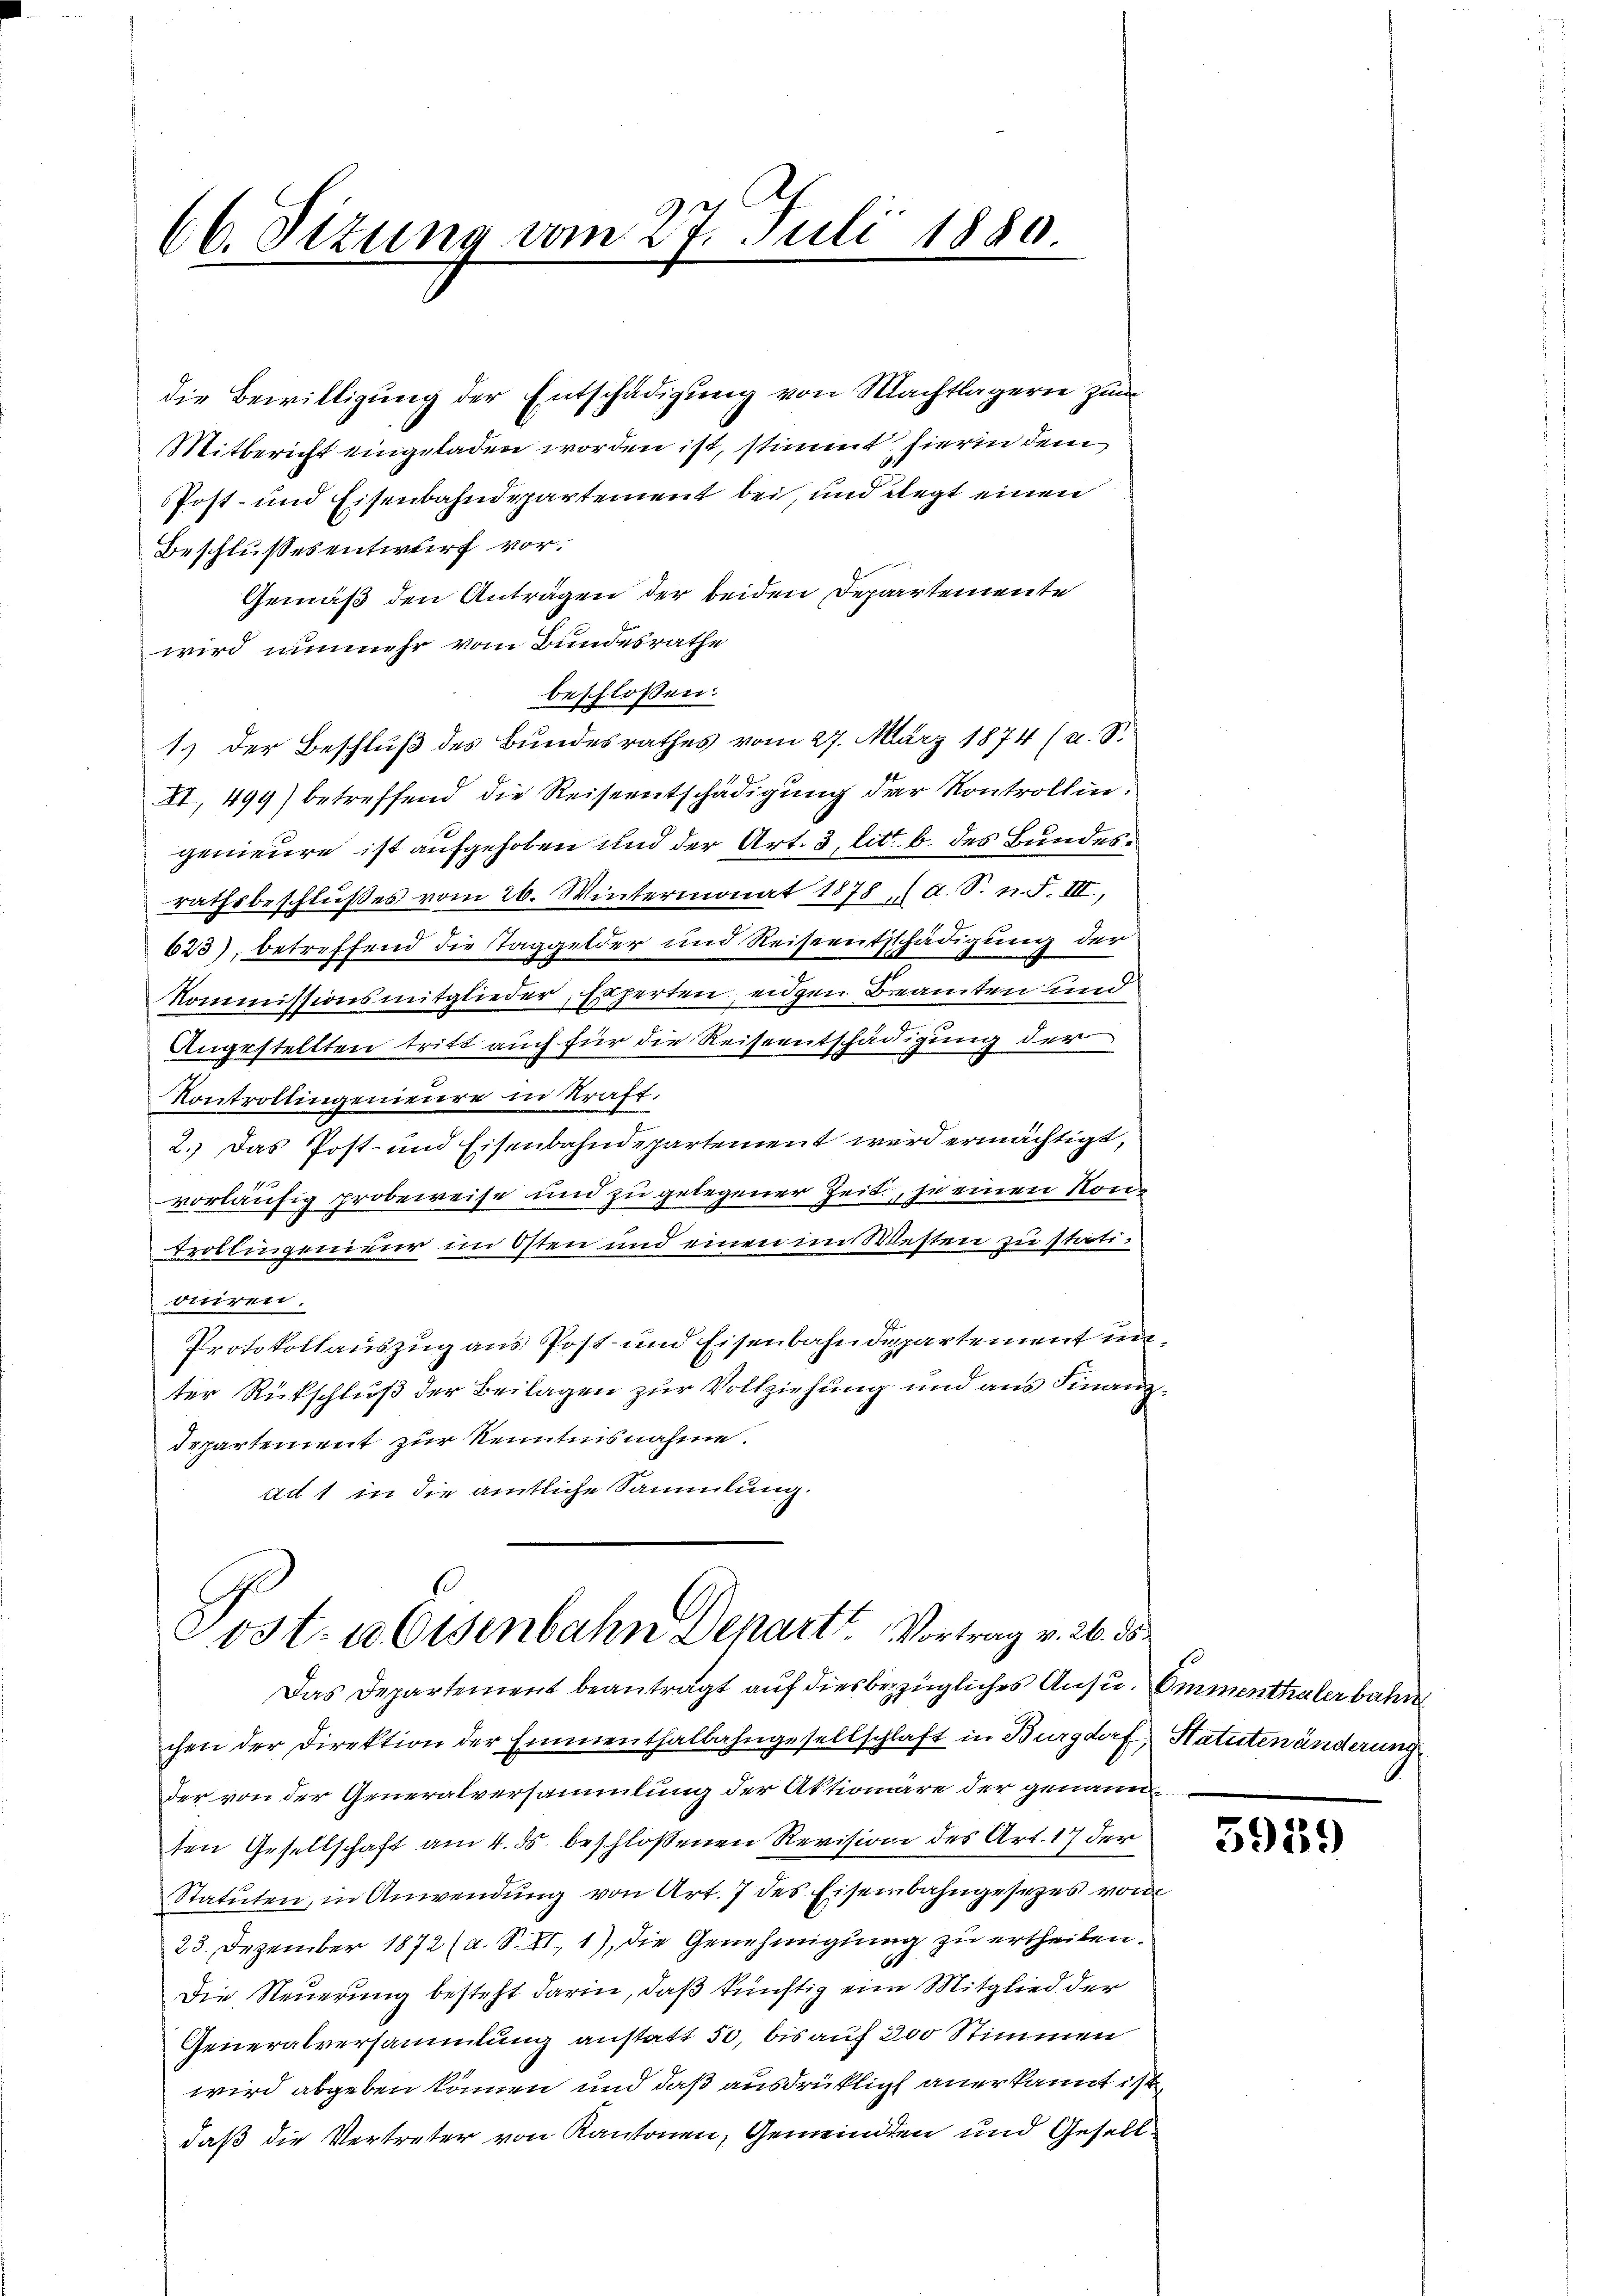
66. Sizung vom 27. Juli 1880
.

Mitbericht eingeladen worden ist, stimmt, hierin dem
Post- und Eisenbahndepartement bei, und regt einen
Beschlussesentwurf vor.
Gemäß den Anträgen der beiden Departemente
wird nunmehr vom Bundesrathe
beschlossen:
1.) Der Beschluß des Bundesrathes vom 27. März 1874 (u. S.
XI., 499) betreffend die Reiseentschädigung der Kontrollingenieure ist aufgehoben und der Art. 3 litt. b. des Bundesrathsbeschlußes vom 26. Wintermonat 1878 , (a. S. n. F. III,
623), betreffend die Taggelder und Reiseentschädigung der
Kommissionsmitglieder, Eiferten eidgen Beamten und
Angestellten tritt auch für die Reiseentschädigung der
Kontrollingenieure in Kraft.
2. Das Post- und Eisenbahndepartement wird ermächtigt,
vorläufig probeweise und zu gelegener Zeit, je einen Kon¬
Trollingenieur im Osten und einen im Westen zu statiditiren.
Protokollauszug aus Post- und Eisenbahndepartement in
ter Rückschluß der Beilagen zur Vollziehung und aus Finanz
Departement zur Kenntnisnahme.
Ad 1 in die amtliche Sammlung.

die Bewilligung der Entschädigung von Nachtlagern zum

Post. 10 Eisenbahn Denart. Vortrag v. 26. 18

Das Departement beanträgt auf diesbezügliches Ansu¬ Emmenthaler bahre
chen der Direktion der Emmenthalbahngesellschlaft in Burgdorf Statutenänderung
der von der Generalversammlung der Aktionäre der genannten Gesellschaft am 4. ds. beschlossenen Revision des Art. 17 der
Statuten, in Anwendung von Art. 7 des Eisenbahngesezes vom
25. Dezember 1872 (a. S. II, 1), die Genehmigung zu ertheilen.
Die Steuerung besteht darin, daß künftig eine Mitglied der
Generalversammlung anstatt 50, bis auf 200 Stimmen
wird abgeben können und daß ausdrüklich anerkannt ist
daß die Vertreter von Kantonen, Gemeinden und Gesell¬

7

5939